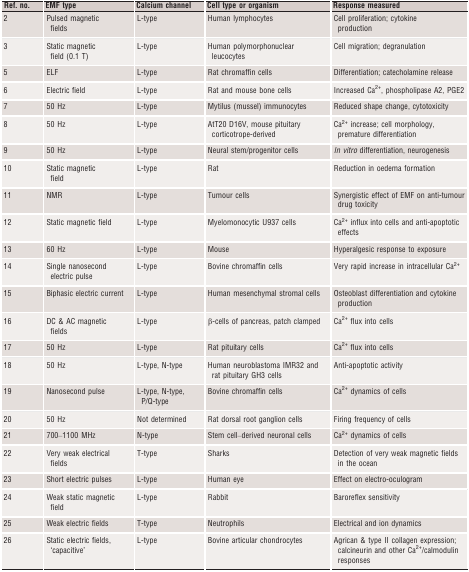
<table><thead><tr><td><b>Ref. no.</b></td><td><b>EMF type</b></td><td><b>Calcium channel</b></td><td><b>Cell type or organism</b></td><td><b>Response measured</b></td></tr></thead><tbody><tr><td>2</td><td>Pulsed magnetic fields</td><td>L-type</td><td>Human lymphocytes</td><td>Cell proliferation; cytokine production</td></tr><tr><td>3</td><td>Static magnetic field (0.1 T)</td><td>L-type</td><td>Human polymorphonuclear leucocytes</td><td>Cell migration; degranulation</td></tr><tr><td>5</td><td>ELF</td><td>L-type</td><td>Rat chromaffin cells</td><td>Differentiation; catecholamine release</td></tr><tr><td>6</td><td>Electric field</td><td>L-type</td><td>Rat and mouse bone cells</td><td>Increased Ca<sup>2+</sup>, phospholipase A2, PGE2</td></tr><tr><td>7</td><td>50 Hz</td><td>L-type</td><td>Mytilus (mussel) immunocytes</td><td>Reduced shape change, cytotoxicity</td></tr><tr><td>8</td><td>50 Hz</td><td>L-type</td><td>AtT20 D16V, mouse pituitary corticotrope-derived</td><td>Ca<sup>2+</sup> increase; cell morphology, premature differentiation</td></tr><tr><td>9</td><td>50 Hz</td><td>L-type</td><td>Neural stem/progenitor cells</td><td><i>In vitro</i> differentiation, neurogenesis</td></tr><tr><td>10</td><td>Static magnetic field</td><td>L-type</td><td>Rat</td><td>Reduction in oedema formation</td></tr><tr><td>11</td><td>NMR</td><td>L-type</td><td>Tumour cells</td><td>Synergistic effect of EMF on anti-tumour drug toxicity</td></tr><tr><td>12</td><td>Static magnetic field</td><td>L-type</td><td>Myelomonocytic U937 cells</td><td>Ca<sup>2+</sup> influx into cells and anti-apoptotic effects</td></tr><tr><td>13</td><td>60 Hz</td><td>L-type</td><td>Mouse</td><td>Hyperalgesic response to exposure</td></tr><tr><td>14</td><td>Single nanosecond electric pulse</td><td>L-type</td><td>Bovine chromaffin cells</td><td>Very rapid increase in intracellular Ca<sup>2+</sup></td></tr><tr><td>15</td><td>Biphasic electric current</td><td>L-type</td><td>Human mesenchymal stromal cells</td><td>Osteoblast differentiation and cytokine production</td></tr><tr><td>16</td><td>DC &amp; AC magnetic fields</td><td>L-type</td><td>β-cells of pancreas, patch clamped</td><td>Ca<sup>2+</sup> flux into cells</td></tr><tr><td>17</td><td>50 Hz</td><td>L-type</td><td>Rat pituitary cells</td><td>Ca<sup>2+</sup> flux into cells</td></tr><tr><td>18</td><td>50 Hz</td><td>L-type, N-type</td><td>Human neuroblastoma IMR32 and rat pituitary GH3 cells</td><td>Anti-apoptotic activity</td></tr><tr><td>19</td><td>Nanosecond pulse</td><td>L-type, N-type, P/Q-type</td><td>Bovine chromaffin cells</td><td>Ca<sup>2+</sup> dynamics of cells</td></tr><tr><td>20</td><td>50 Hz</td><td>Not determined</td><td>Rat dorsal root ganglion cells</td><td>Firing frequency of cells</td></tr><tr><td>21</td><td>700–1100 MHz</td><td>N-type</td><td>Stem cell–derived neuronal cells</td><td>Ca<sup>2+</sup> dynamics of cells</td></tr><tr><td>22</td><td>Very weak electrical fields</td><td>T-type</td><td>Sharks</td><td>Detection of very weak magnetic fields in the ocean</td></tr><tr><td>23</td><td>Short electric pulses</td><td>L-type</td><td>Human eye</td><td>Effect on electro-oculogram</td></tr><tr><td>24</td><td>Weak static magnetic field</td><td>L-type</td><td>Rabbit</td><td>Baroreflex sensitivity</td></tr><tr><td>25</td><td>Weak electric fields</td><td>T-type</td><td>Neutrophils</td><td>Electrical and ion dynamics</td></tr><tr><td>26</td><td>Static electric fields, ‘capacitive’</td><td>L-type</td><td>Bovine articular chondrocytes</td><td>Agrican &amp; type II collagen expression; calcineurin and other Ca<sup>2+</sup>/calmodulin responses</td></tr></tbody></table>